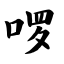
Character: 啰